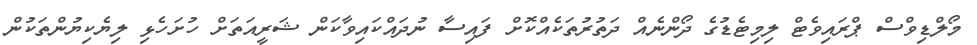
މޯލްޑިވްސް ޕްރައިވެޓް ލިމިޓެޑުގެ ދޯންނެއް ދަތުރުތަކެއްކޮށް ފައިސާ ނުދައްކައިވާކަން ޝަރީއަތަށް ހުށަހެޅި ލިޔެކިޔުންތަކުން